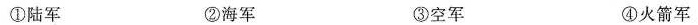
①陆军 ②海军 ③空军 ④火箭军